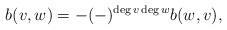
LaTeX: \begin{align*} b(v,w) = -(-)^{\deg v \deg w} b(w,v),\end{align*}